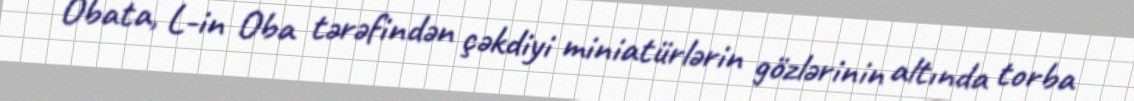
Obata, L-in Oba tərəfindən çəkdiyi miniatürlərin gözlərinin altında torba